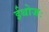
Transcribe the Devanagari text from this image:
ईथोजः